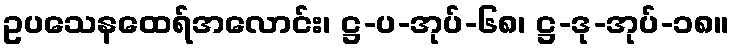
ဥပသေနထေရ်အလောင်း၊ ဋ္ဌ-ပ-အုပ်-၆၈၊ ဋ္ဌ-ဒု-အုပ်-၁၈။